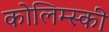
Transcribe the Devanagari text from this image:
कोलिम्स्की